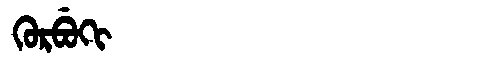
Manchu: ᡴᡠᡵᠪᡠᡴᡳ
Romanization: KURBUKI